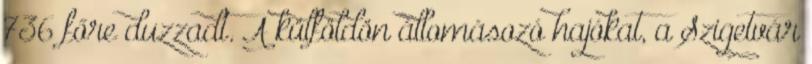
736 főre duzzadt. A külföldön állomásozó hajókat, a Szigetvár